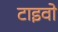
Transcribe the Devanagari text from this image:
टाइवो